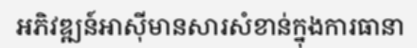
អភិវឌ្ឍន៍អាស៊ីមានសារសំខាន់ក្នុងការធានា